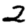
Digit: 2